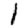
Digit: 1